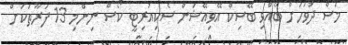
މަސް ދުވަހަށް ބޭއްވި ބޭސިކް އޭވިއޭޝަން ސެކިއުރިޓީ ކޯސް ނިންމި 13 ފަރާތަކަށް